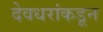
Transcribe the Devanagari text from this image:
देवधरांकडून